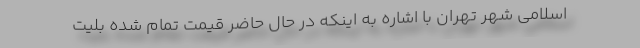
اسلامی شهر تهران با اشاره به اینکه در حال حاضر قیمت تمام شده بلیت